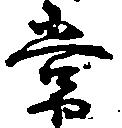
常